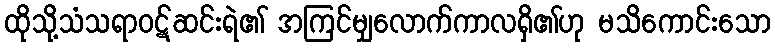
ထိုသို့သံသရာဝဋ်ဆင်းရဲ၏ အကြင်မျှလောက်ကာလရှိ၏ဟု မသိကောင်းသော